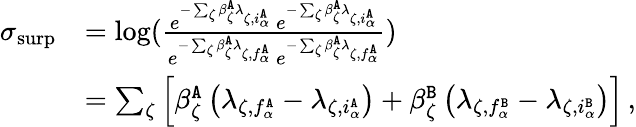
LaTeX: \begin{array}{rl}{\sigma_{\mathrm{surp}}}&{=\log(\frac{e^{-\sum_{\zeta}\beta_{\zeta}^{\tt A}\lambda_{\zeta,i_{\alpha}^{\tt A}}}\ e^{-\sum_{\zeta}\beta_{\zeta}^{\tt A}\lambda_{\zeta,i_{\alpha}^{\tt A}}}}{e^{-\sum_{\zeta}\beta_{\zeta}^{\tt A}\lambda_{\zeta,f_{\alpha}^{\tt A}}}\ e^{-\sum_{\zeta}\beta_{\zeta}^{\tt A}\lambda_{\zeta,f_{\alpha}^{\tt A}}}})}\\ &{=\sum_{\zeta}\left[\beta_{\zeta}^{\tt A}\left(\lambda_{\zeta,f_{\alpha}^{\tt A}}-\lambda_{\zeta,i_{\alpha}^{\tt A}}\right)+\beta_{\zeta}^{\tt B}\left(\lambda_{\zeta,f_{\alpha}^{\tt B}}-\lambda_{\zeta,i_{\alpha}^{\tt B}}\right)\right]\, ,}\end{array}